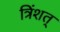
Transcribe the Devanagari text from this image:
त्रिंशत्